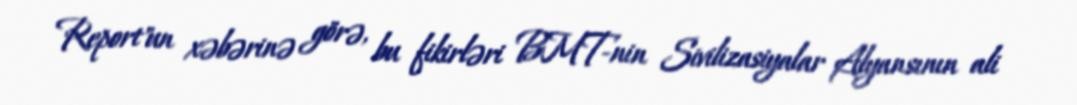
Report"un xəbərinə görə, bu fikirləri BMT-nin Sivilizasiyalar Alyansının ali